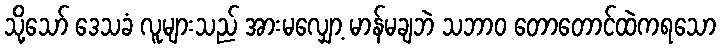
သို့သော် ဒေသခံ လူများသည် အားမလျှော့ မာန်မချဘဲ သဘာဝ တောတောင်ထဲကရသော